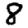
Digit: 8